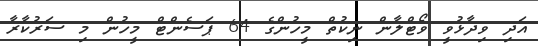
އަދި ވިދާޅުވީ ވޯޓްލާން ނިކުތް މީހުންގެ 64 ޕަސެންޓް މީހުން މި ސަރުކާރާ